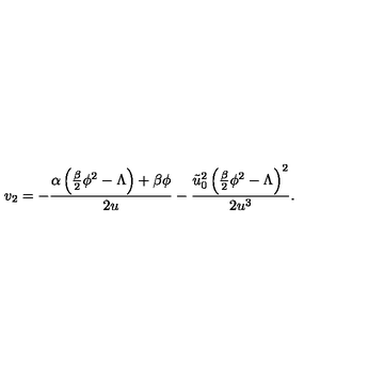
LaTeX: v _ { 2 } = - \frac { \alpha \left( \frac { \beta } { 2 } \phi ^ { 2 } - \Lambda \right) + \beta \phi } { 2 u } - \frac { \tilde { u } _ { 0 } ^ { 2 } \left( \frac { \beta } { 2 } \phi ^ { 2 } - \Lambda \right) ^ { 2 } } { 2 u ^ { 3 } } .